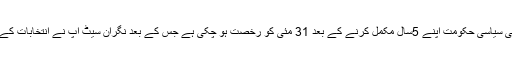
تفصیلات کے مطابق مسلم لیگ ن کی سیاسی حکومت اپنے 5سال مکمل کرنے کے بعد 31 مئی کو رخصت ہو چکی ہے جس کے بعد نگران سیٹ اپ نے انتخابات کے انعقاد کی ذمہ داری سنبھال لی ہے۔